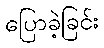
ပြောခဲ့ခြင်း